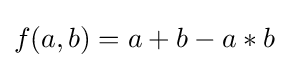
f(a,b)=a+b-a*b